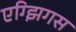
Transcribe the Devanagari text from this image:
एग्झिगस